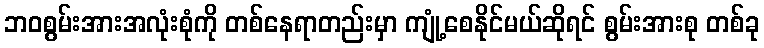
ဘဝစွမ်းအားအလုံးစုံကို တစ်နေရာတည်းမှာ ကျုံ့စေနိုင်မယ်ဆိုရင် စွမ်းအားစု တစ်ခု